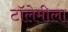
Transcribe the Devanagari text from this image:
टॉलेमीला